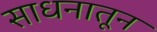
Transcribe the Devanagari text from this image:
साधनातून